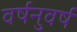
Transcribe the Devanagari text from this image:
वर्षनुवर्ष